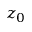
z _ { 0 }